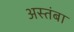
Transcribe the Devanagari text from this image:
अस्तंबा